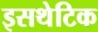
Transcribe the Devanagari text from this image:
इसथेटिक